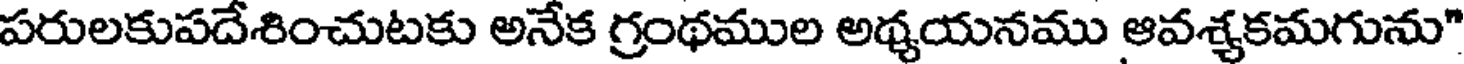
పరులకుపదేశించుటకు అనేక గ్రంథముల అథ్యయనము ఆవశ్యకమగును"